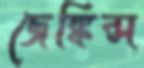
জেঙ্কিন্স